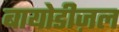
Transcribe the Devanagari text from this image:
बायोडीज़ल